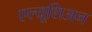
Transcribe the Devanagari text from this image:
एल्यूशिअन